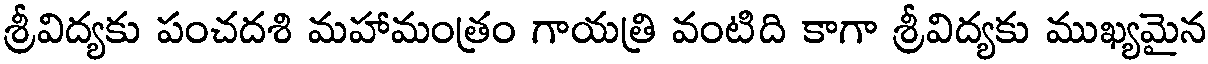
శ్రీవిద్యకు పంచదశి మహామంత్రం గాయత్రి వంటిది కాగా శ్రీవిద్యకు ముఖ్యమైన